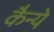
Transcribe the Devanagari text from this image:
कैन्ये